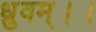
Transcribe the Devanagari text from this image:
ध्रुवम्।।